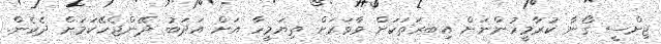
ޖިންސީ ގޯނާ ކުރާމީހުންނަށް އިބރަތަކަށް ވާވަރަށް ތިޔަމީހާ އަށް އަދަބު ދޭންޖެހޭކަމަށް ދެކެން.